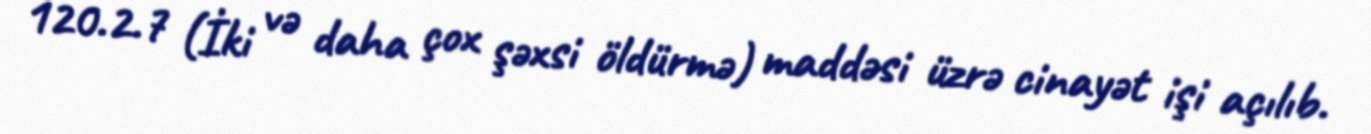
120.2.7 (İki və daha çox şəxsi öldürmə) maddəsi üzrə cinayət işi açılıb.